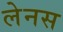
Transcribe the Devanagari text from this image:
लेनस